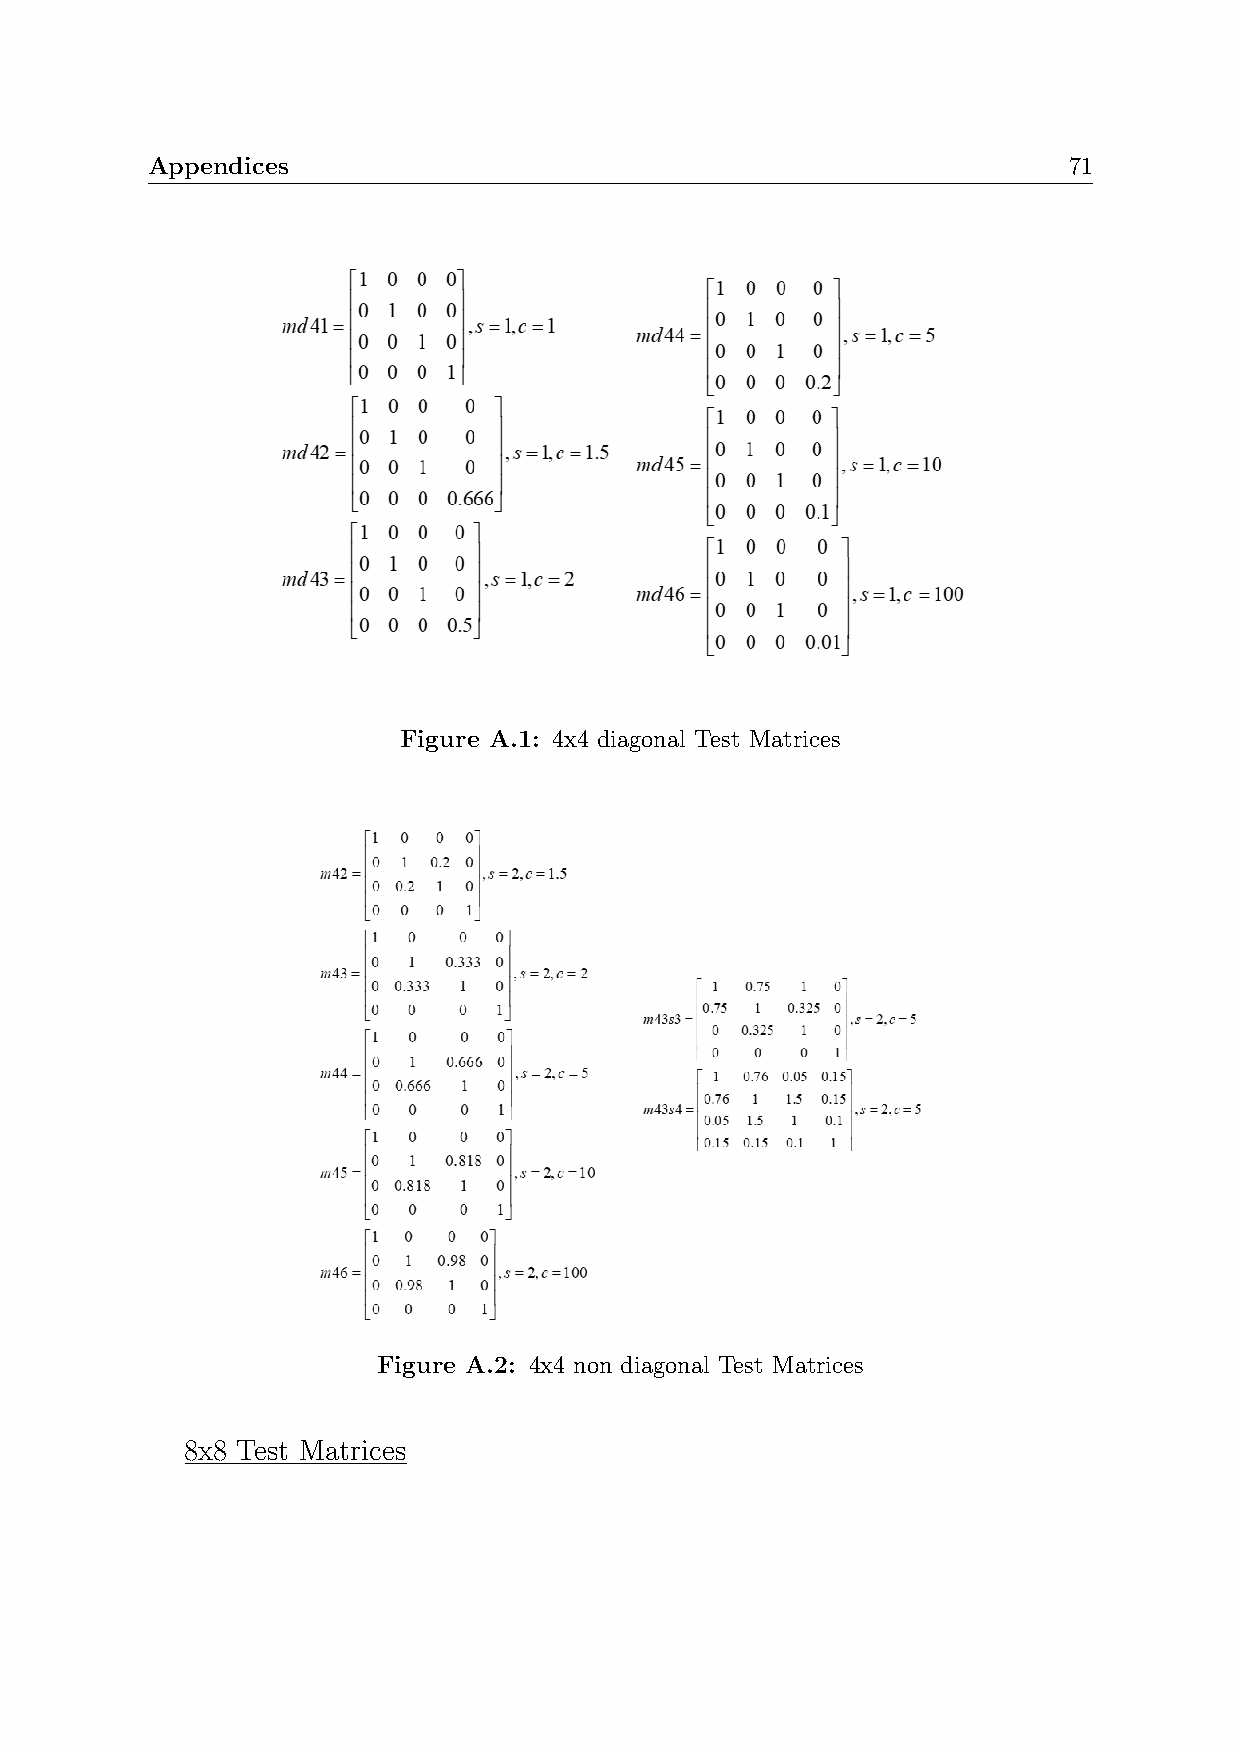
Appendices                                                   71
 Figure A.1: 4x4 diagonal Test Matrices
 Figure A.2: 4x4 non diagonal Test Matrices
 8x8 Test Matrices